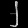
Digit: ၂